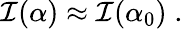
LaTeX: \mathcal I(\alpha)\approx\mathcal I(\alpha_{0})\; .